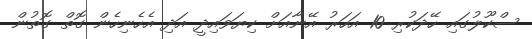
ސްކޫލުގައި ހޭދަކުރި 10 އަހަރު އޭނާއަށް ކިޔަވައިދީ އަދި އެހެނިހެން ގޮތް ގޮތުން